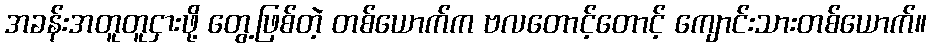
အခန်းအတူတူငှားဖို့ တွေ့ဖြစ်တဲ့ တစ်ယောက်က ဗလတောင့်တောင့် ကျောင်းသားတစ်ယောက်။